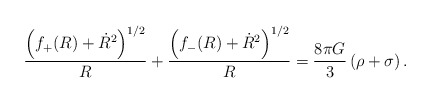
\begin{align*}\frac{\left(f_+(R)+\dot{R}^2\right)^{1/2}}{R}+\frac{\left(f_-(R)+\dot{R}^2\right)^{1/2}}{R}=\frac{8\pi G}{3}\,(\rho+\sigma)\,.\end{align*}